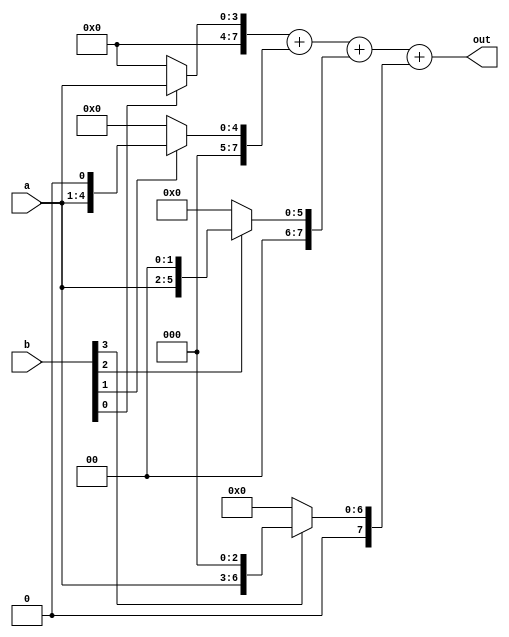
`timescale 1ns / 1ps

module multiplier(    
	input [3:0]a,b,
	output reg [7:0] out
	);
	
	reg [7:0] t1,t2,t3,t4;

	always@(a,b)
	begin
		t1=0; t2=0; t3=0; t4=0;
		if(b[0]) 
			t1 = a<<0;
		if(b[1]) 
			t2 = a<<1;
		if(b[2]) 
			t3 = a<<2;
		if(b[3]) 
			t4 = a<<3;

		out = t1+t2+t3+t4;
	end
endmodule